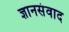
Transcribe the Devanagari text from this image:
ज्ञानसंवाद